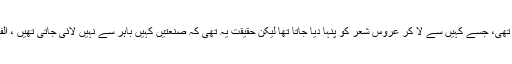
لوگوں کے خیال میں صناعی کی مثال زیور کی سی تھی، جسے کہیں سے لا کر عروس شعر کو پنہا دیا جاتا تھا لیکن حقیقت یہ تھی کہ صنعتیں کہیں باہر سے نہیں لائی جاتی تھیں ، الفاظ کی نشست ان کے در و بست سے پیدا ہوتی تھیں ۔